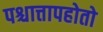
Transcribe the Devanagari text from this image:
पश्चात्तापहोतो